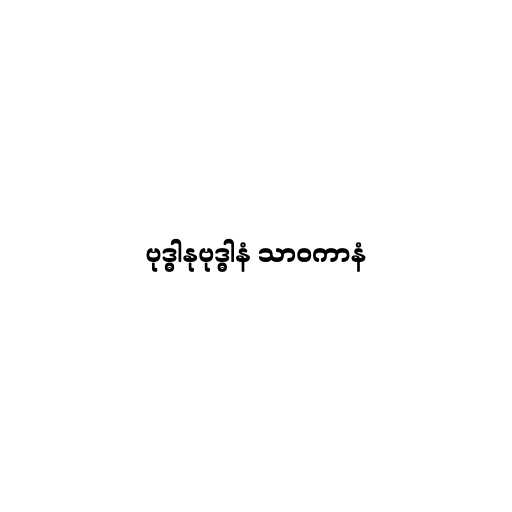
ဗုဒ္ဓါနုဗုဒ္ဓါနံ သာဝကာနံ